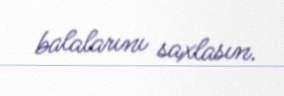
balalarını saxlasın.